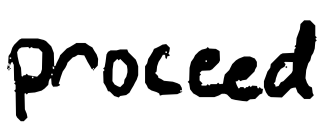
Text: proceed
Cross-out: clean
Writing tool: digital_black